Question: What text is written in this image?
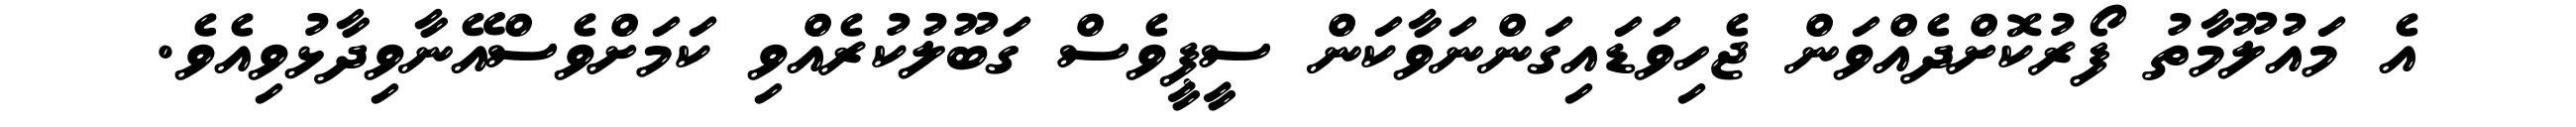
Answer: އެ މައުލޫމާތު ފޯރުކޮށްދެއްވަން ޖެހިވަޑައިގަންނަވާކަން ސީޕީވެސް ގަބޫލުކުރެއްވި ކަމަށްވެސްއޭނާވިދާޅުވިއެވެ.